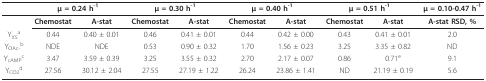
<table><thead><tr><td></td><td colspan="2"><b>μ = 0.24 h<sup>-1</sup></b></td><td colspan="2"><b>μ = 0.30 h<sup>-1</sup></b></td><td colspan="2"><b>μ = 0.40 h<sup>-1</sup></b></td><td colspan="2"><b>μ = 0.51 h<sup>-1</sup></b></td><td><b>μ = 0.10-0.47 h<sup>-1</sup></b></td></tr></thead><tbody><tr><td></td><td><b>Chemostat</b></td><td><b>A-stat</b></td><td><b>Chemostat</b></td><td><b>A-stat</b></td><td><b>Chemostat</b></td><td><b>A-stat</b></td><td><b>Chemostat</b></td><td><b>A-stat</b></td><td><b>A-stat RSD, %</b></td></tr><tr><td>Y<sub>XS</sub><sup>a</sup></td><td>0.44</td><td>0.40 ± 0.01</td><td>0.46</td><td>0.41 ± 0.01</td><td>0.44</td><td>0.42 ± 0.00</td><td>0.43</td><td>0.41 ± 0.01</td><td>2.0</td></tr><tr><td>Y<sub>OAc-</sub><sup>b</sup></td><td>NDE</td><td>NDE</td><td>0.53</td><td>0.90 ± 0.32</td><td>1.70</td><td>1.56 ± 0.23</td><td>3.25</td><td>3.35 ± 0.82</td><td>ND</td></tr><tr><td>Y<sub>cAMP</sub><sup>c</sup></td><td>3.47</td><td>3.59 ± 0.39</td><td>3.25</td><td>3.55 ± 0.32</td><td>2.70</td><td>2.17 ± 0.07</td><td>0.86</td><td>0.71<sup>e</sup></td><td>9.1</td></tr><tr><td>Y<sub>CO2</sub><sup>d</sup></td><td>27.56</td><td>30.12 ± 2.04</td><td>27.55</td><td>27.19 ± 1.22</td><td>26.24</td><td>23.86 ± 1.41</td><td>ND</td><td>21.19 ± 0.19</td><td>5.6</td></tr></tbody></table>